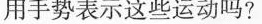
用手势表示这些运动吗?